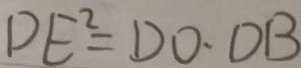
D E ^ { 2 } = D O \cdot O B